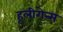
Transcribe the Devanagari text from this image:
हूलीगेन्स